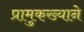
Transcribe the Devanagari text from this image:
प्रामुकख्याने